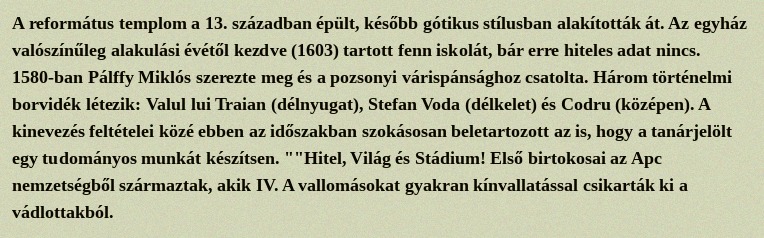
A református templom a 13. században épült, később gótikus stílusban alakították át. Az egyház valószínűleg alakulási évétől kezdve (1603) tartott fenn iskolát, bár erre hiteles adat nincs. 1580-ban Pálffy Miklós szerezte meg és a pozsonyi várispánsághoz csatolta. Három történelmi borvidék létezik: Valul lui Traian (délnyugat), Stefan Voda (délkelet) és Codru (középen). A kinevezés feltételei közé ebben az időszakban szokásosan beletartozott az is, hogy a tanárjelölt egy tudományos munkát készítsen. ""Hitel, Világ és Stádium! Első birtokosai az Apc nemzetségből származtak, akik IV. A vallomásokat gyakran kínvallatással csikarták ki a vádlottakból.